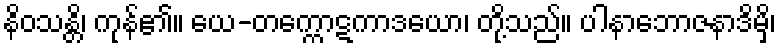
နိဝသန္တိ၊ ကုန်၏။ ယေ-တက္ကောဋကာဒယော၊ တို့သည်။ ပါနာဘောဇနာဒိမှိ၊